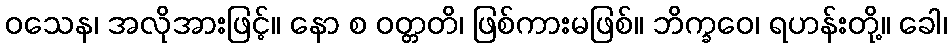
ဝသေန၊ အလိုအားဖြင့်။ နော စ ဝတ္တတိ၊ ဖြစ်ကားမဖြစ်။ ဘိက္ခဝေ၊ ရဟန်းတို့။ ခေါ၊